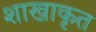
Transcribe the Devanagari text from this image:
शाखाकृत